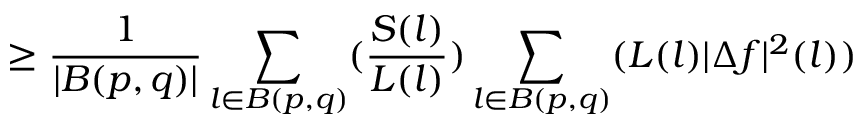
\geq \frac { 1 } { | B ( p , q ) | } \sum _ { l \in B ( p , q ) } ( \frac { S ( l ) } { L ( l ) } ) \sum _ { l \in B ( p , q ) } ( L ( l ) | \Delta f | ^ { 2 } ( l ) )